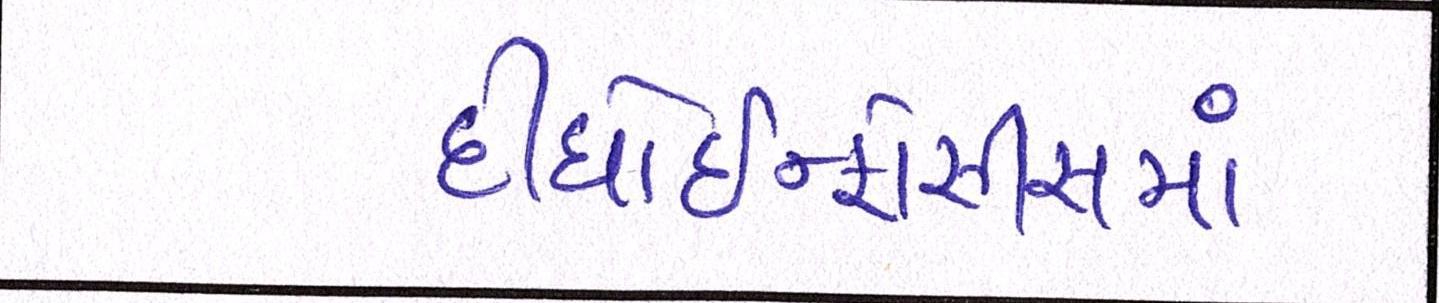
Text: દીધોઇન્ફોસીસમાં